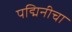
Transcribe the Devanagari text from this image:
पद्मिनीचा